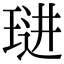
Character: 琎